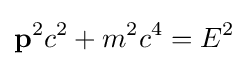
\mathbf {p} ^{2}c^{2}+m^{2}c^{4}=E^{2}